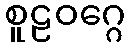
စူဠဝဂ္ဂေ